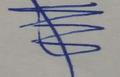
Signature authenticity: genuine